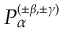
P _ { \alpha } ^ { \scriptscriptstyle { ( \pm \beta , \pm \gamma ) } }